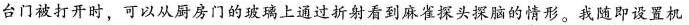
台门被打开时，可以从厨房门的玻璃上通过折射看到麻雀探头探脑的情形。我随即设置机